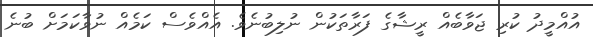
އުއްމީދު ކުރި ޖަވާބެއް ރީޝާގެ ފަރާތަކުން ނުލިބުނެވެ. އެއްވެސް ކަމެއް ނުވާކަމަށް ބުނެ